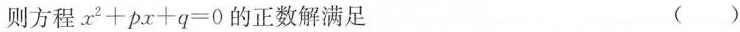
则方程 $$x^{2} + p x + q = 0$$ 的正数解满足 ()